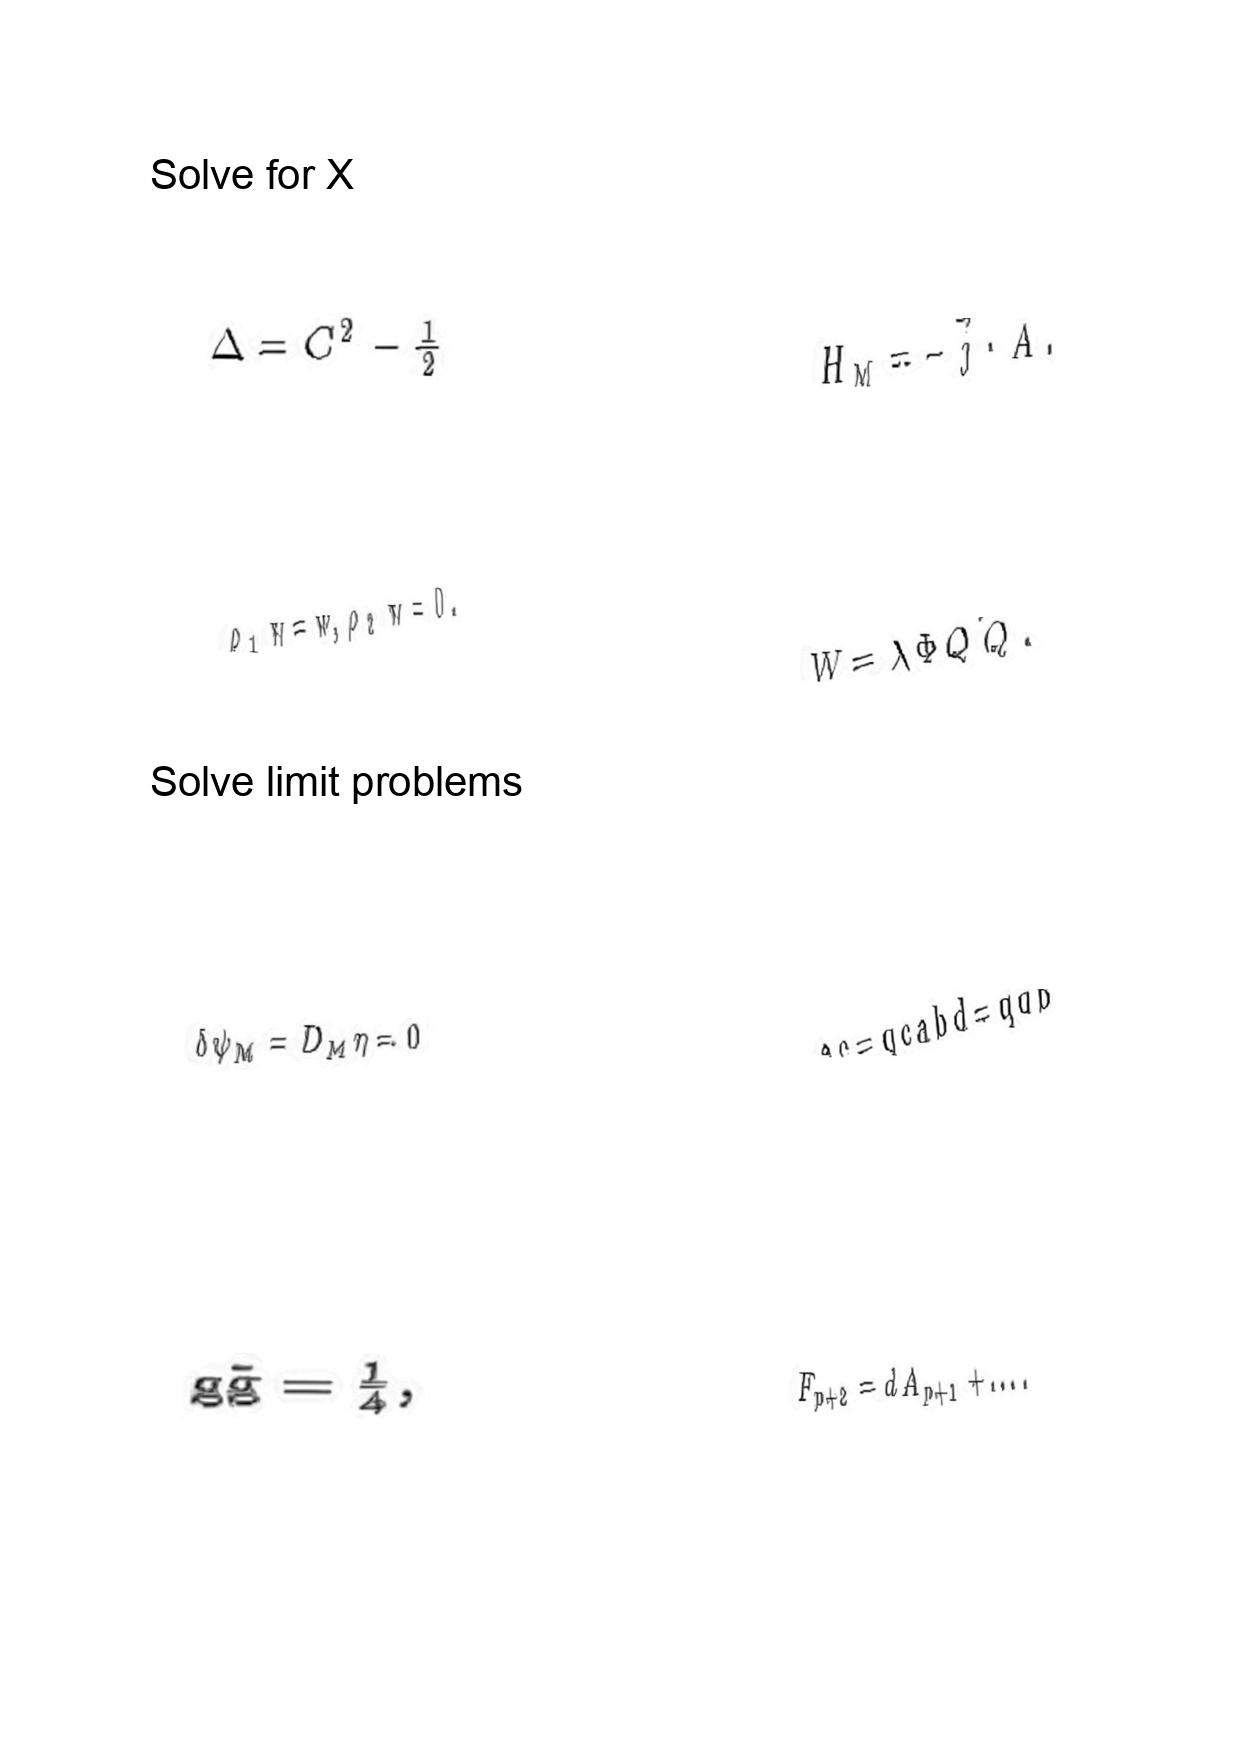
LaTeX transcription:
\Delta = C ^ { 2 } - \frac { 1 } { 2 }
\rho _ { 1 } w = w , \rho _ { 2 } w = 0 .
\delta \psi _ { M } = D _ { M } \eta = 0
g \tilde { g } = \frac { 1 } { 4 } ,
H _ { M } = - \vec { j } \cdot \vec { A } .
W = \lambda \Phi Q \tilde { Q } .
a c = q c a b d = q d b
F _ { p + 2 } = d A _ { p + 1 } + \ldots .